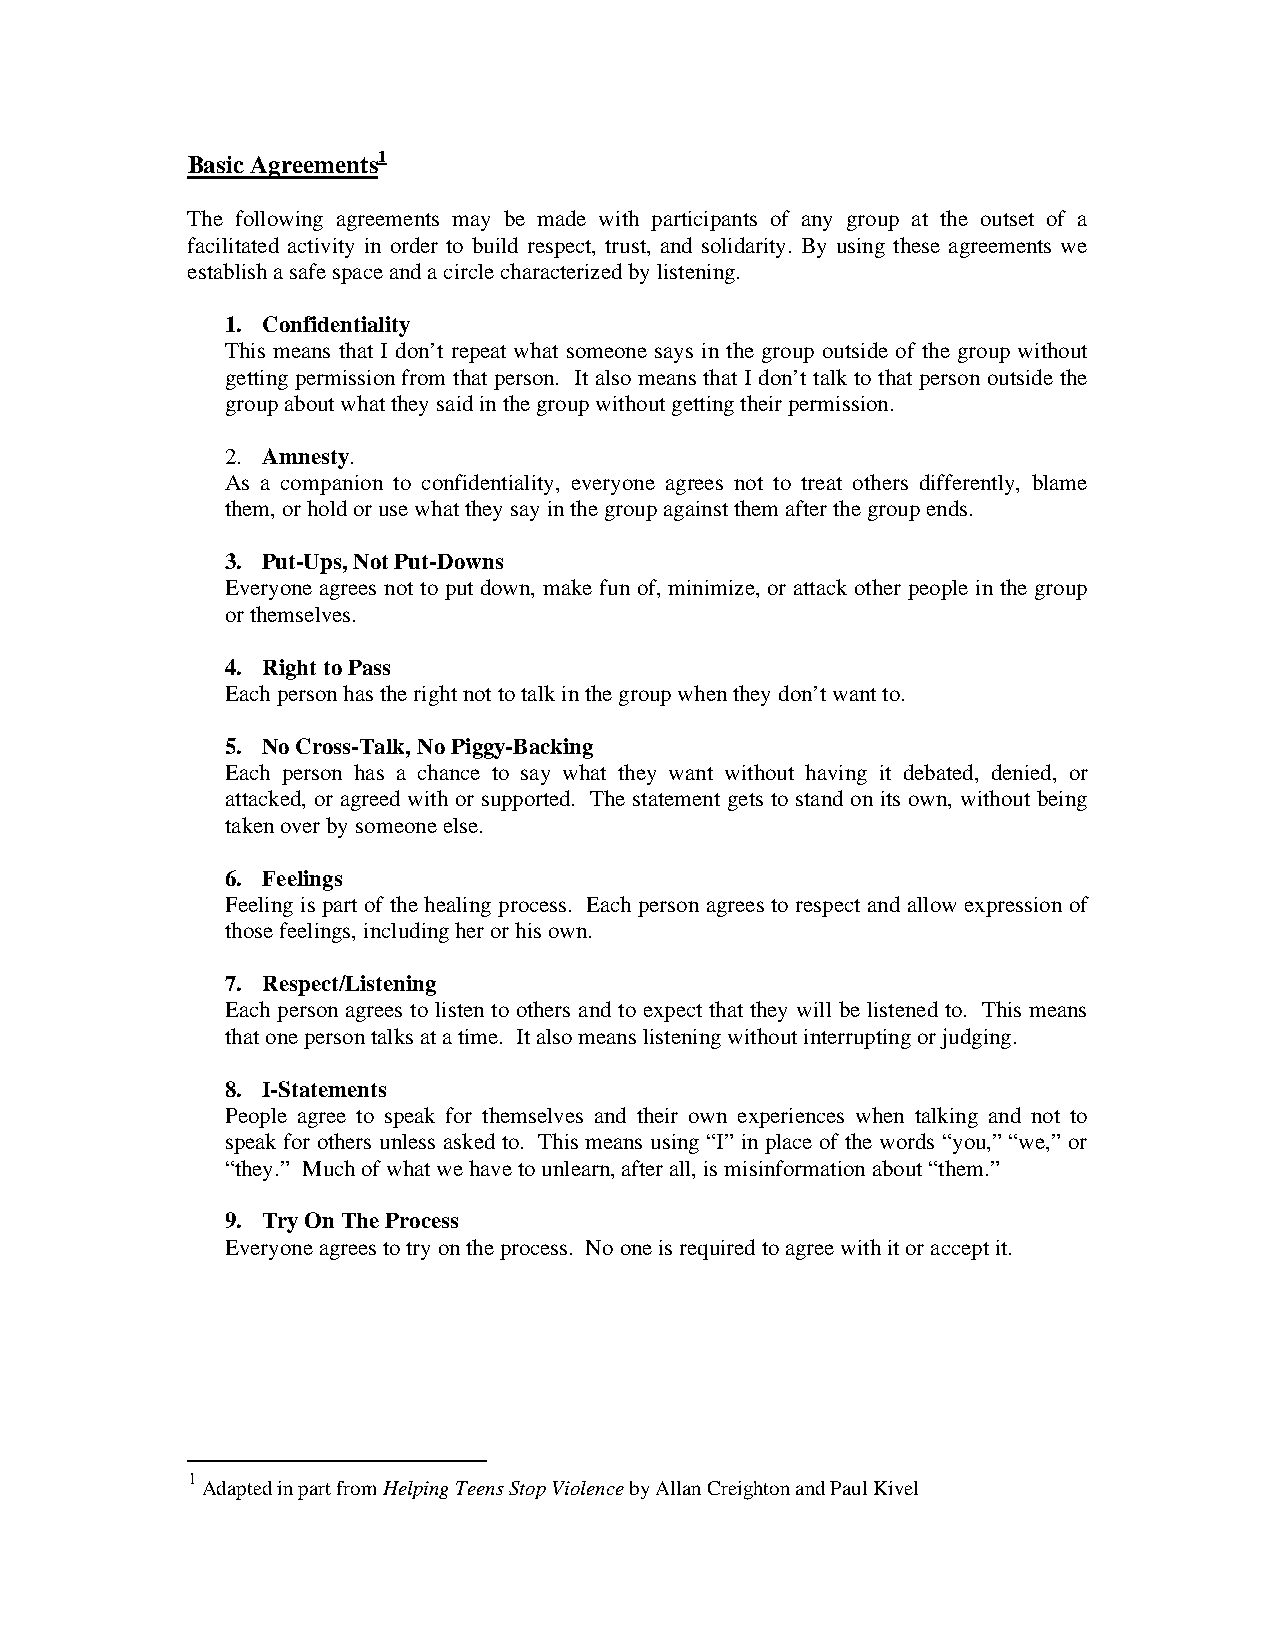
Basic Agreements1
 The following agreements may be made with participants of any group at the outset of a
 facilitated activity in order to build respect, trust, and solidarity. By using these agreements we
 establish a safe space and a circle characterized by listening.
 1. Confidentiality
 This means that I don’t repeat what someone says in the group outside of the group without
 getting permission from that person. It also means that I don’t talk to that person outside the
 group about what they said in the group without getting their permission.
 2. Amnesty.
 As a companion to confidentiality, everyone agrees not to treat others differently, blame
 them, or hold or use what they say in the group against them after the group ends.
 3. Put-Ups, Not Put-Downs
 Everyone agrees not to put down, make fun of, minimize, or attack other people in the group
 or themselves.
 4. Right to Pass
 Each person has the right not to talk in the group when they don’t want to.
 5. No Cross-Talk, No Piggy-Backing
 Each person has a chance to say what they want without having it debated, denied, or
 attacked, or agreed with or supported. The statement gets to stand on its own, without being
 taken over by someone else.
 6. Feelings
 Feeling is part of the healing process. Each person agrees to respect and allow expression of
 those feelings, including her or his own.
 7. Respect/Listening
 Each person agrees to listen to others and to expect that they will be listened to. This means
 that one person talks at a time. It also means listening without interrupting or judging.
 8. I-Statements
 People agree to speak for themselves and their own experiences when talking and not to
 speak for others unless asked to. This means using “I” in place of the words “you,” “we,” or
 “they.” Much of what we have to unlearn, after all, is misinformation about “them.”
 9. Try On The Process
 Everyone agrees to try on the process. No one is required to agree with it or accept it.
 1
 Adapted in part from Helping Teens Stop Violence by Allan Creighton and Paul Kivel